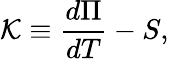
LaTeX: {\mathcal{K}}\equiv{\frac{d\Pi}{dT}}-S,